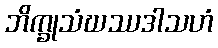
ဘိက္ခုသံဃဿဒါသဟံ